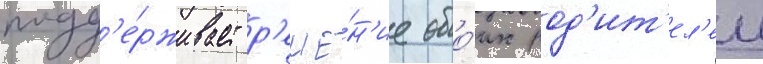
подд'е́рживает р'еше́н'ие обо́их род'ит'ел'еи